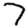
Digit: 7